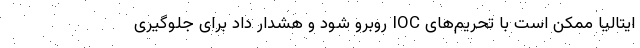
ایتالیا ممکن است با تحریم‌های IOC روبرو شود و هشدار داد برای جلوگیری